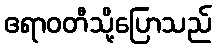
ဧရာဝတီသို့ပြောသည်